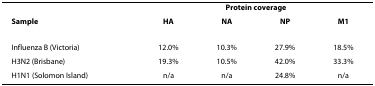
<table><thead><tr><td></td><td colspan="4"><b>Protein coverage</b></td></tr><tr><td><b>Sample</b></td><td><b>HA</b></td><td><b>NA</b></td><td><b>NP</b></td><td><b>M1</b></td></tr></thead><tbody><tr><td>Influenza B (Victoria)</td><td>12.0%</td><td>10.3%</td><td>27.9%</td><td>18.5%</td></tr><tr><td>H3N2 (Brisbane)</td><td>19.3%</td><td>10.5%</td><td>42.0%</td><td>33.3%</td></tr><tr><td>H1N1 (Solomon Island)</td><td>n/a</td><td>n/a</td><td>24.8%</td><td>n/a</td></tr></tbody></table>